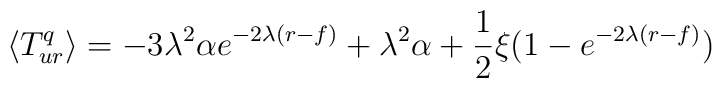
\langle {T^q_{ur}}\rangle=-3\lambda ^2\alpha e^{-2\lambda(r-f)}+\lambda ^2\alpha+\frac 1 2 \xi(1-e^{-2\lambda(r-f)})